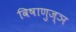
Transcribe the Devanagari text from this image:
विषाणुज्ञ